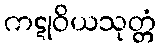
ကဋုဝိယသုတ္တံ